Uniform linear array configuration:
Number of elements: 48
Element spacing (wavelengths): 0.75
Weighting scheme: blackman
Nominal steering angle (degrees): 30
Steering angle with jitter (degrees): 28.476
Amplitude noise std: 0.05
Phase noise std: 0.05

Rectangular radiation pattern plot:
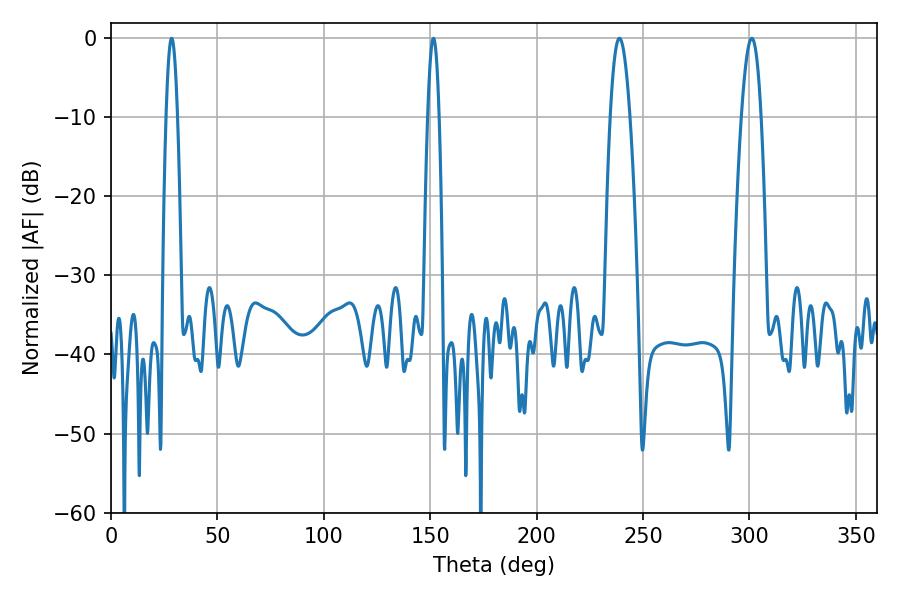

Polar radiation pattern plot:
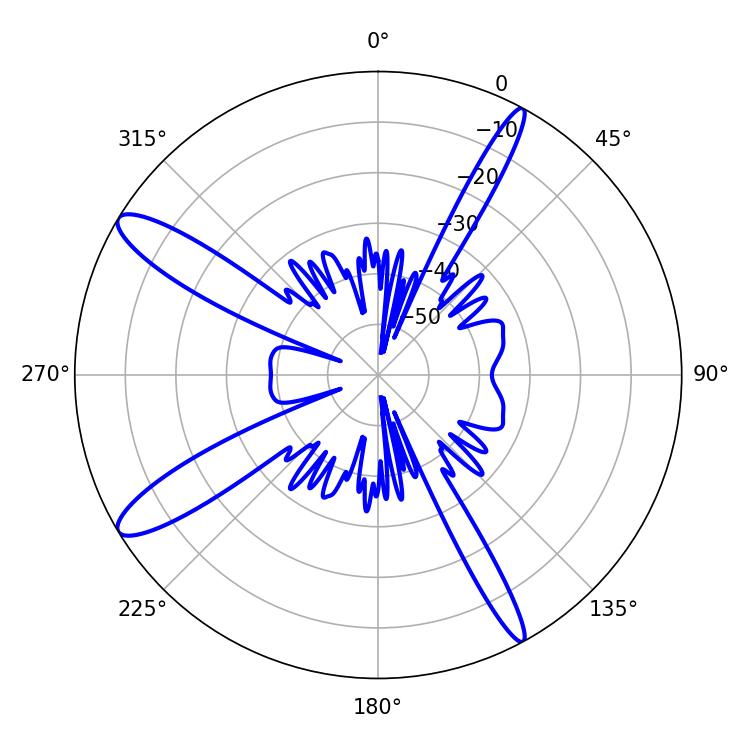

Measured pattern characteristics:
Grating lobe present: TRUE
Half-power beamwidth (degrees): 5.04
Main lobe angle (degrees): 238.86